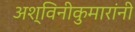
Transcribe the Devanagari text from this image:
अश्विनीकुमारांनी